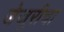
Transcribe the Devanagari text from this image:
जेजूरीचा